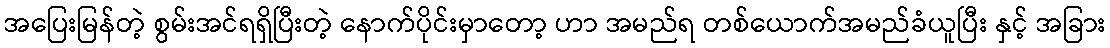
အပြေးမြန်တဲ့ စွမ်းအင်ရရှိပြီးတဲ့ နောက်ပိုင်းမှာတော့ ဟာ အမည်ရ တစ်ယောက်အမည်ခံယူပြီး နှင့် အခြား